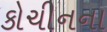
કોચીનના